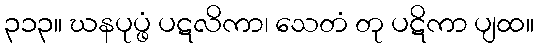
၃၁၃။ ဃနပုပ္ဖံ ပဋလိကာ၊ သေတံ တု ပဋိကာ ပျထ။